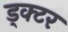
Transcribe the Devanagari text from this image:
ड्क्टर